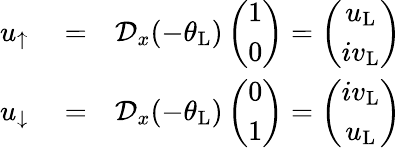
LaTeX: \begin{array}{rlr}{u_{\uparrow}}&{{}=}&{\mathcal{D}_{x}(-\theta_{\mathrm{L}})\left(\begin{array}{c}{1}\\ {0}\end{array}\right)=\left(\begin{array}{c}{u_{\mathrm{L}}}\\ {iv_{\mathrm{L}}}\end{array}\right)}\\ {u_{\downarrow}}&{{}=}&{\mathcal{D}_{x}(-\theta_{\mathrm{L}})\left(\begin{array}{c}{0}\\ {1}\end{array}\right)=\left(\begin{array}{c}{iv_{\mathrm{L}}}\\ {u_{\mathrm{L}}}\end{array}\right)}\end{array}